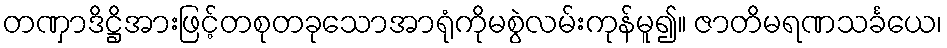
တဏှာဒိဋ္ဌိအားဖြင့်တစုတခုသောအာရုံကိုမစွဲလမ်းကုန်မူ၍။ ဇာတိမရဏသင်္ခယေ၊